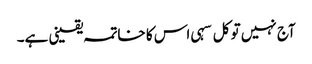
آج نہیں تو کل سہی اس کا خاتمہ یقینی ہے۔